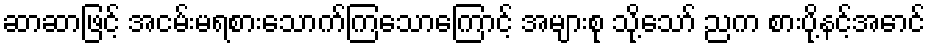
ဆာဆာဖြင့် အငမ်းမရစားသောက်ကြသောကြောင့် အများစု သို့သော် ညက စားပို့နင့်အောင်